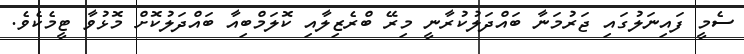
ސެމީ ފައިނަލުގައި ޖަރުމަނާ ބައްދަލުކުރާނީ މިރޭ ބްރެޒިލާއި ކޮލަމްބިއާ ބައްދަލުކޮށް މޮޅުވާ ޓީމެކެވެ.